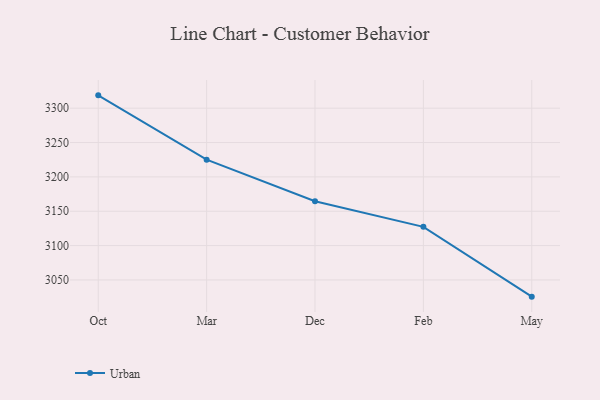
{"axis": {"x": "Month", "y": "Humidity (%)"}, "legend": ["Urban"], "data": [{"x": "Oct", "y": 3318.7, "type": "Urban"}, {"x": "Mar", "y": 3225.1, "type": "Urban"}, {"x": "Dec", "y": 3164.6, "type": "Urban"}, {"x": "Feb", "y": 3127.3, "type": "Urban"}, {"x": "May", "y": 3025.7, "type": "Urban"}]}